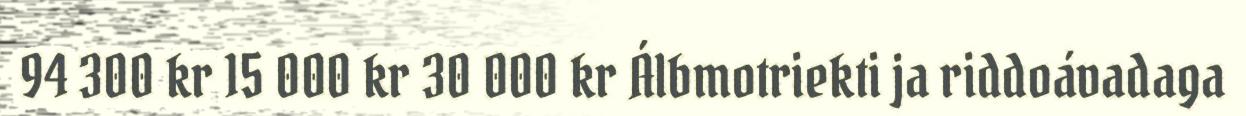
94 300 kr 15 000 kr 30 000 kr Álbmotriekti ja riddoávadaga